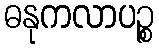
ဓနုကလာပဉ္စ